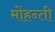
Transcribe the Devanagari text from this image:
मोंहन्ती